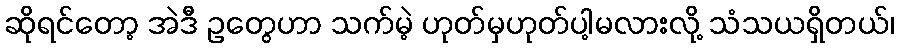
ဆိုရင်တော့ အဲဒီ ဥတွေဟာ သက်မဲ့ ဟုတ်မှဟုတ်ပါ့မလားလို့ သံသယရှိတယ်၊